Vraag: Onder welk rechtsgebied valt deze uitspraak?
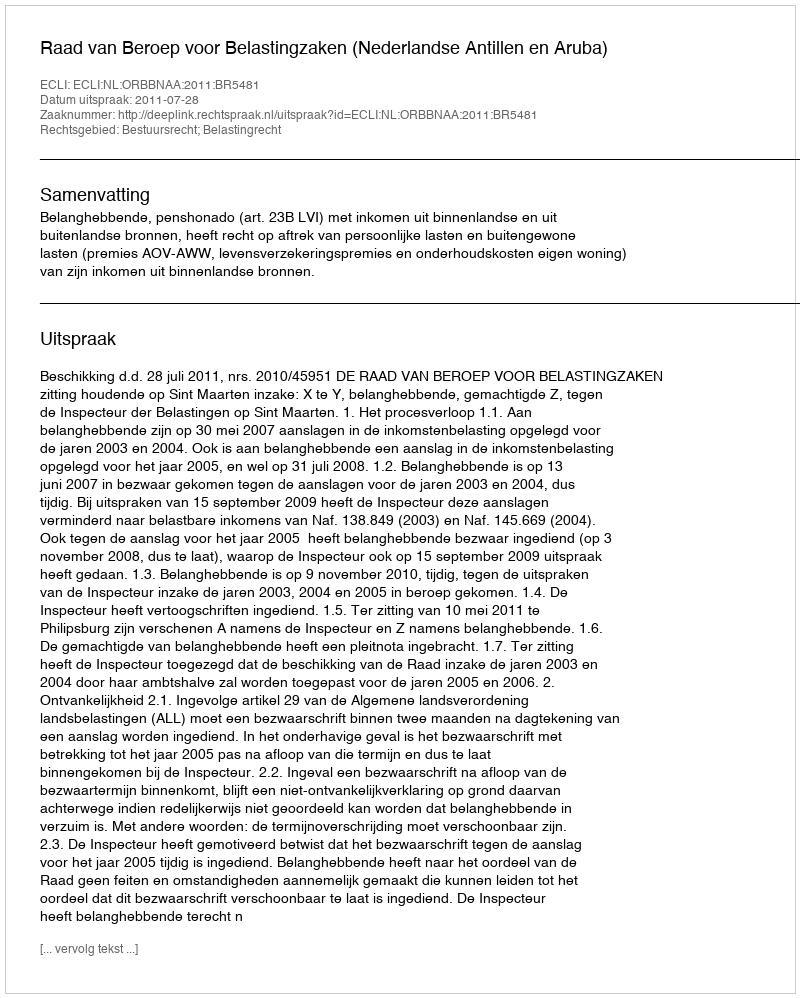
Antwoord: Bestuursrecht; Belastingrecht